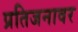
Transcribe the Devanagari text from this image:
प्रतिजनावर